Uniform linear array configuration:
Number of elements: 4
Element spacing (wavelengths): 0.5
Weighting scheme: hamming
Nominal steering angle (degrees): -60
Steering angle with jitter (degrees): -58.326
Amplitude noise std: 0.05
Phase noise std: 0.05

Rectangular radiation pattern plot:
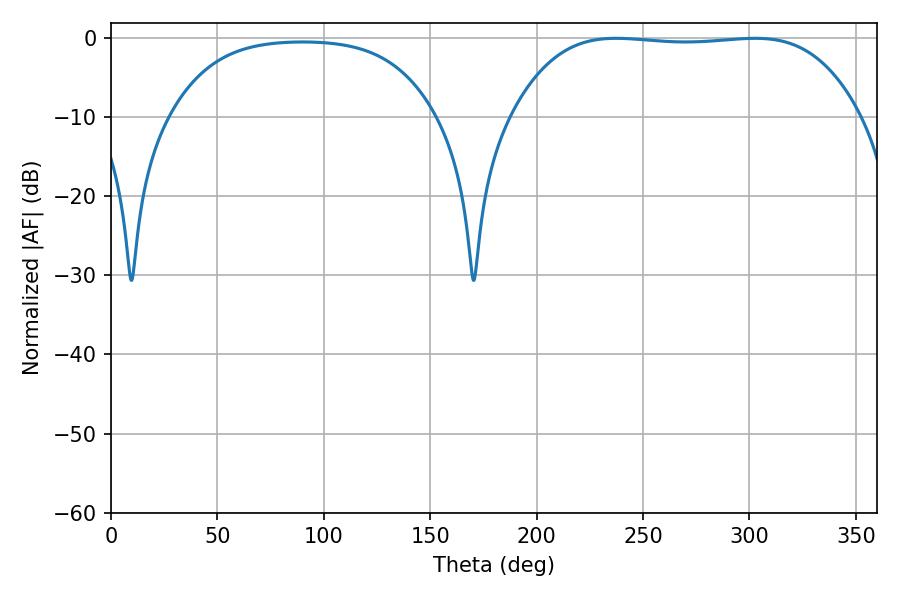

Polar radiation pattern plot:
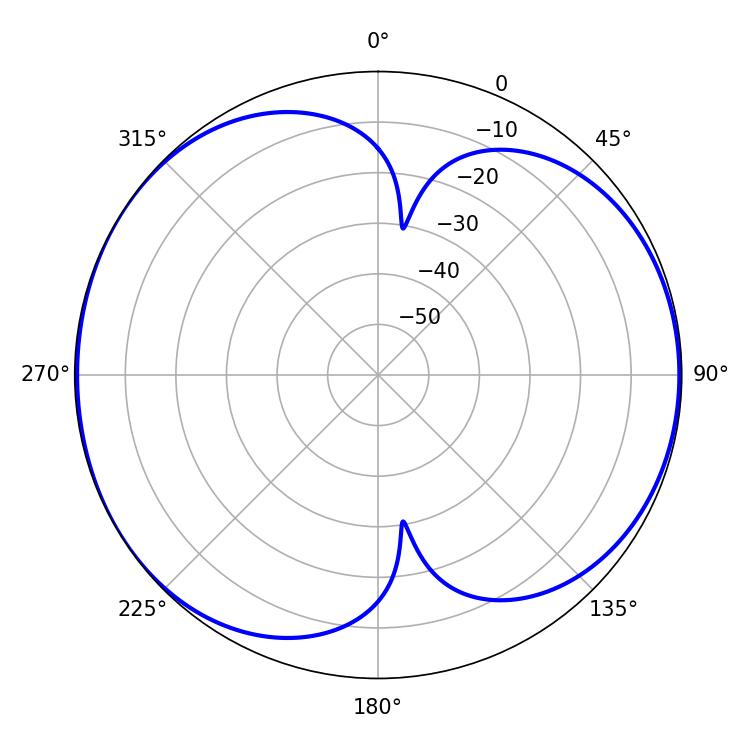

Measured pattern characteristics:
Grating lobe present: FALSE
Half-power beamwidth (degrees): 127.8
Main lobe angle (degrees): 237.42